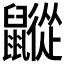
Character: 𪖁